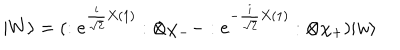
| W \rangle = ( : e ^ { \frac { i } { \sqrt { 2 } } X ( 1 ) } : \otimes \chi _ { - } - : e ^ { - \frac { i } { \sqrt { 2 } } X ( 1 ) } : \otimes \chi _ { + } ) | w \rangle